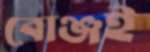
বোঞ্জই